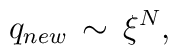
q_{new} \, \sim \, \xi^{N },